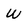
Character: w